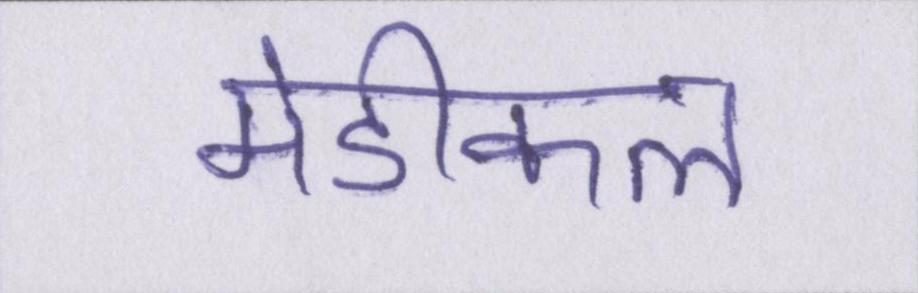
मेडीकल